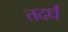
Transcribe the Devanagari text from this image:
तदर्धं